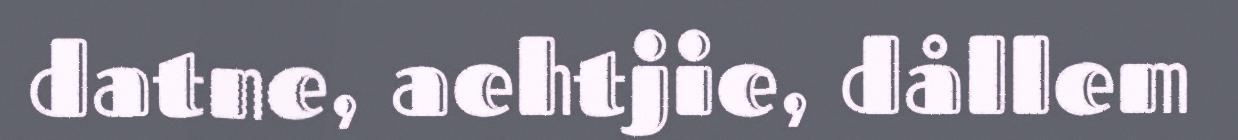
datne, aehtjie, dållem